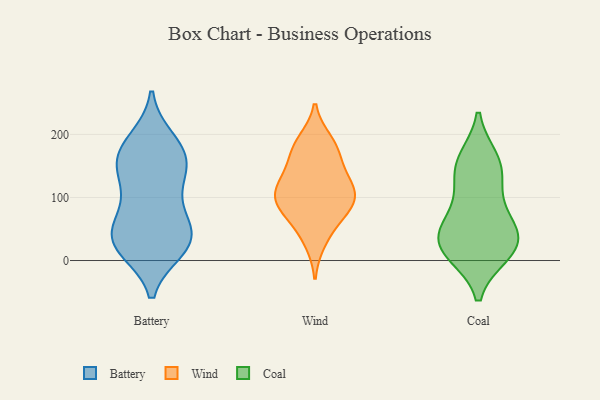
{"axis": {"x": "Gross Profit (USD K)", "y": "Value"}, "legend": ["Battery", "Coal", "Wind"], "data": [{"x": "", "y": 97, "type": "Battery"}, {"x": "", "y": 170, "type": "Battery"}, {"x": "", "y": 28, "type": "Battery"}, {"x": "", "y": 52, "type": "Battery"}, {"x": "", "y": 140, "type": "Battery"}, {"x": "", "y": 77, "type": "Battery"}, {"x": "", "y": 141, "type": "Battery"}, {"x": "", "y": 140, "type": "Battery"}, {"x": "", "y": 31, "type": "Battery"}, {"x": "", "y": 190, "type": "Battery"}, {"x": "", "y": 23, "type": "Battery"}, {"x": "", "y": 172, "type": "Battery"}, {"x": "", "y": 28, "type": "Battery"}, {"x": "", "y": 175, "type": "Battery"}, {"x": "", "y": 19, "type": "Battery"}, {"x": "", "y": 48, "type": "Battery"}, {"x": "", "y": 93, "type": "Wind"}, {"x": "", "y": 123, "type": "Wind"}, {"x": "", "y": 120, "type": "Wind"}, {"x": "", "y": 189, "type": "Wind"}, {"x": "", "y": 153, "type": "Wind"}, {"x": "", "y": 55, "type": "Wind"}, {"x": "", "y": 86, "type": "Wind"}, {"x": "", "y": 178, "type": "Wind"}, {"x": "", "y": 30, "type": "Wind"}, {"x": "", "y": 81, "type": "Wind"}, {"x": "", "y": 127, "type": "Wind"}, {"x": "", "y": 178, "type": "Wind"}, {"x": "", "y": 102, "type": "Wind"}, {"x": "", "y": 95, "type": "Wind"}, {"x": "", "y": 25, "type": "Coal"}, {"x": "", "y": 20, "type": "Coal"}, {"x": "", "y": 19, "type": "Coal"}, {"x": "", "y": 107, "type": "Coal"}, {"x": "", "y": 41, "type": "Coal"}, {"x": "", "y": 151, "type": "Coal"}, {"x": "", "y": 159, "type": "Coal"}, {"x": "", "y": 56, "type": "Coal"}, {"x": "", "y": 145, "type": "Coal"}, {"x": "", "y": 65, "type": "Coal"}, {"x": "", "y": 12, "type": "Coal"}]}